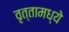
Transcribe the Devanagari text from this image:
वृत्तामध्ये